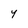
Character: 4